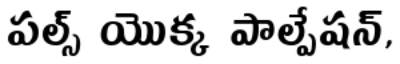
పల్స్ యొక్క పాల్పేషన్,